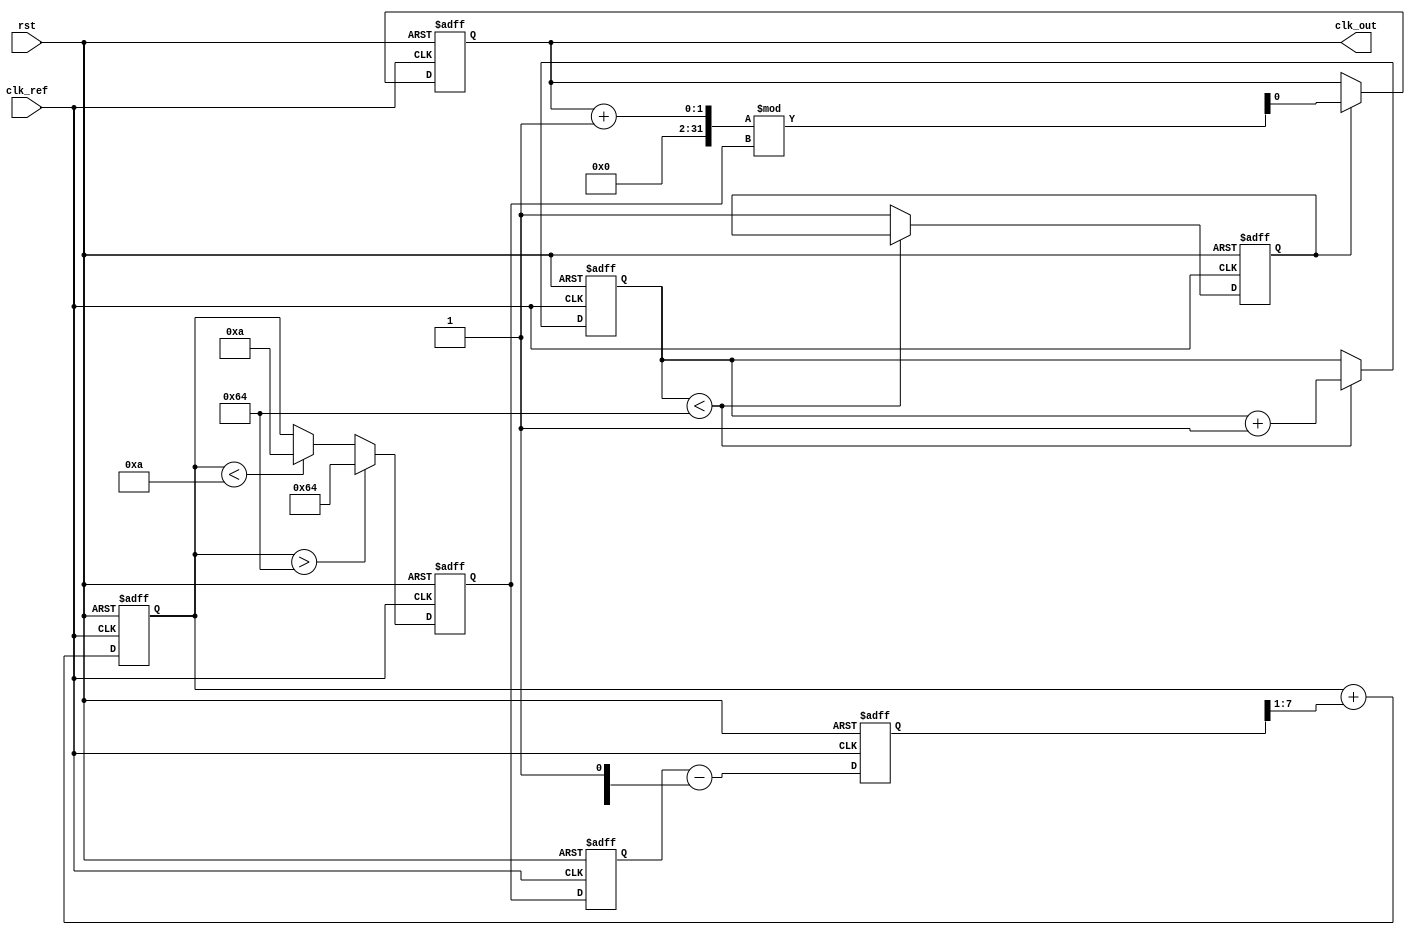
module PLL (
    input wire clk_ref,         // Reference clock input
    input wire rst,            // Reset signal
    output reg clk_out         // Output clock
);

// Parameters for PLL
parameter integer VCO_MAX_FREQ = 100; // Max VCO frequency (arbitrary units)
parameter integer VCO_MIN_FREQ = 10;  // Min VCO frequency (arbitrary units)
parameter integer LOCK_TIME = 100;     // Lock time in clock cycles

// Internal signals
reg [7:0] phase_error;               // Phase error signal from phase detector
reg [7:0] control_voltage;            // Control voltage to VCO
reg [7:0] vco_output;                 // VCO output frequency
reg [7:0] loop_filter_output;         // Output of the loop filter
reg [7:0] feedback_signal;            // Feedback signal from VCO
reg [7:0] lock_counter;               // Counter for lock time
reg locked;                           // Lock status

// Phase Detector (PD)
always @(posedge clk_ref or posedge rst) begin
    if (rst) begin
        phase_error <= 0;
    end else begin
        // Simple phase error calculation (for example purposes)
        phase_error <= feedback_signal - control_voltage; // Phase difference
    end
end

// Loop Filter (LF)
always @(posedge clk_ref or posedge rst) begin
    if (rst) begin
        loop_filter_output <= 0;
    end else begin
        // Simple first-order loop filter (for example purposes)
        loop_filter_output <= loop_filter_output + (phase_error >> 1); // Low-pass filter
    end
end

// Voltage-Controlled Oscillator (VCO)
always @(posedge clk_ref or posedge rst) begin
    if (rst) begin
        vco_output <= VCO_MIN_FREQ; // Start at minimum frequency
    end else begin
        // Control VCO frequency based on loop filter output
        if (loop_filter_output > VCO_MAX_FREQ) begin
            vco_output <= VCO_MAX_FREQ;
        end else if (loop_filter_output < VCO_MIN_FREQ) begin
            vco_output <= VCO_MIN_FREQ;
        end else begin
            vco_output <= loop_filter_output; // Set VCO frequency
        end
    end
end

// Feedback Mechanism
always @(posedge clk_ref or posedge rst) begin
    if (rst) begin
        feedback_signal <= 0;
    end else begin
        feedback_signal <= vco_output; // Feedback from VCO
    end
end

// Lock Detection
always @(posedge clk_ref or posedge rst) begin
    if (rst) begin
        locked <= 0;
        lock_counter <= 0;
    end else if (lock_counter < LOCK_TIME) begin
        lock_counter <= lock_counter + 1;
    end else begin
        locked <= 1; // PLL is locked
    end
end

// Output Clock Generation
always @(posedge clk_ref or posedge rst) begin
    if (rst) begin
        clk_out <= 0;
    end else if (locked) begin
        // Generate output clock based on VCO output frequency
        clk_out <= (clk_out + 1) % vco_output; // Simple clock divider for demonstration
    end
end

endmodule